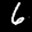
Label: 6